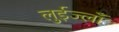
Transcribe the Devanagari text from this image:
लुईज्लाँ